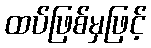
ထပ်ဖြစ်မှဖြင့်